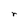
Character: r